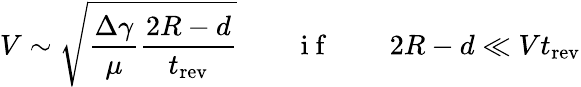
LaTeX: V\sim\sqrt{\frac{\Delta\gamma}{\mu}\frac{2R-d}{t_{\mathrm{rev}}}}\quad\quad\mathrm{~i~f~}\quad\quad 2R-d\ll Vt_{\mathrm{rev}}